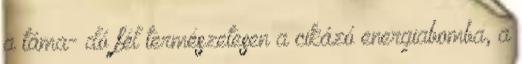
a táma- dó fél természetesen a cikázó energiabomba, a